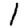
Digit: 1